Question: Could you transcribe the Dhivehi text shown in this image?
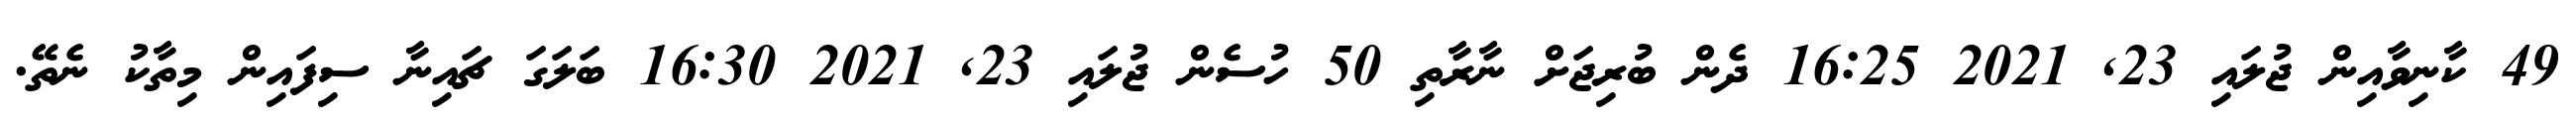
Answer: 49 ކާނިވާއިން ޖުލައި 23, 2021 16:25 ދެން ބުރިޖަށް ނާރާތި 50 ހުސެން ޖުލައި 23, 2021 16:30 ބަލަގަ ޗައިނާ ސިފައިން މިތާކު ނެތޭ.